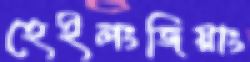
হেইলংজিয়াং